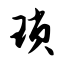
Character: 琐